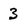
Character: 3